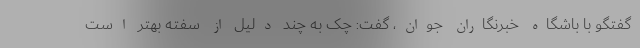
گفتگو با باشگاه خبرنگاران جوان، گفت: چک به چند دلیل از سفته بهتر است